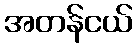
အတန်ငယ်